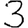
Digit: 3